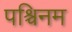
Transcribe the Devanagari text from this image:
पश्चिनम